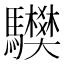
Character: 𩧅